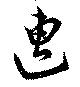
遭